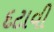
દટાવી